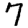
Digit: 7